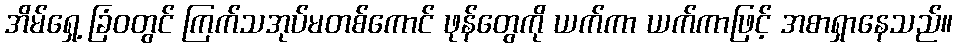
အိမ်ရှေ့ ခြံဝတွင် ကြက်သအုပ်မတစ်ကောင် ဖုန်တွေကို ယက်ကာ ယက်ကာဖြင့် အစာရှာနေသည်။